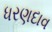
ધરણદાવ